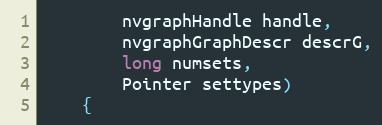
Language: Java
        nvgraphHandle handle,
        nvgraphGraphDescr descrG,
        long numsets,
        Pointer settypes)
    {